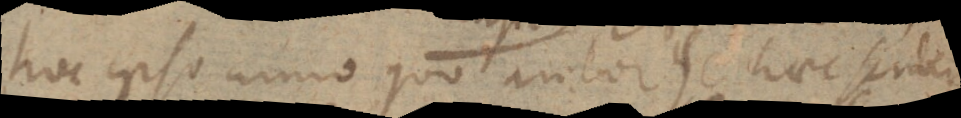
hoc ipso anno quo autor se haec scribere